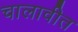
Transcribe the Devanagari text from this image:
चालावीत